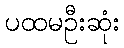
ပထမဦးဆုံး